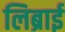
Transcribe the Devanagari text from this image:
लिब्राई